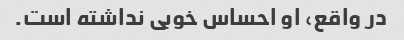
در واقع، او احساس خوبی نداشته است.